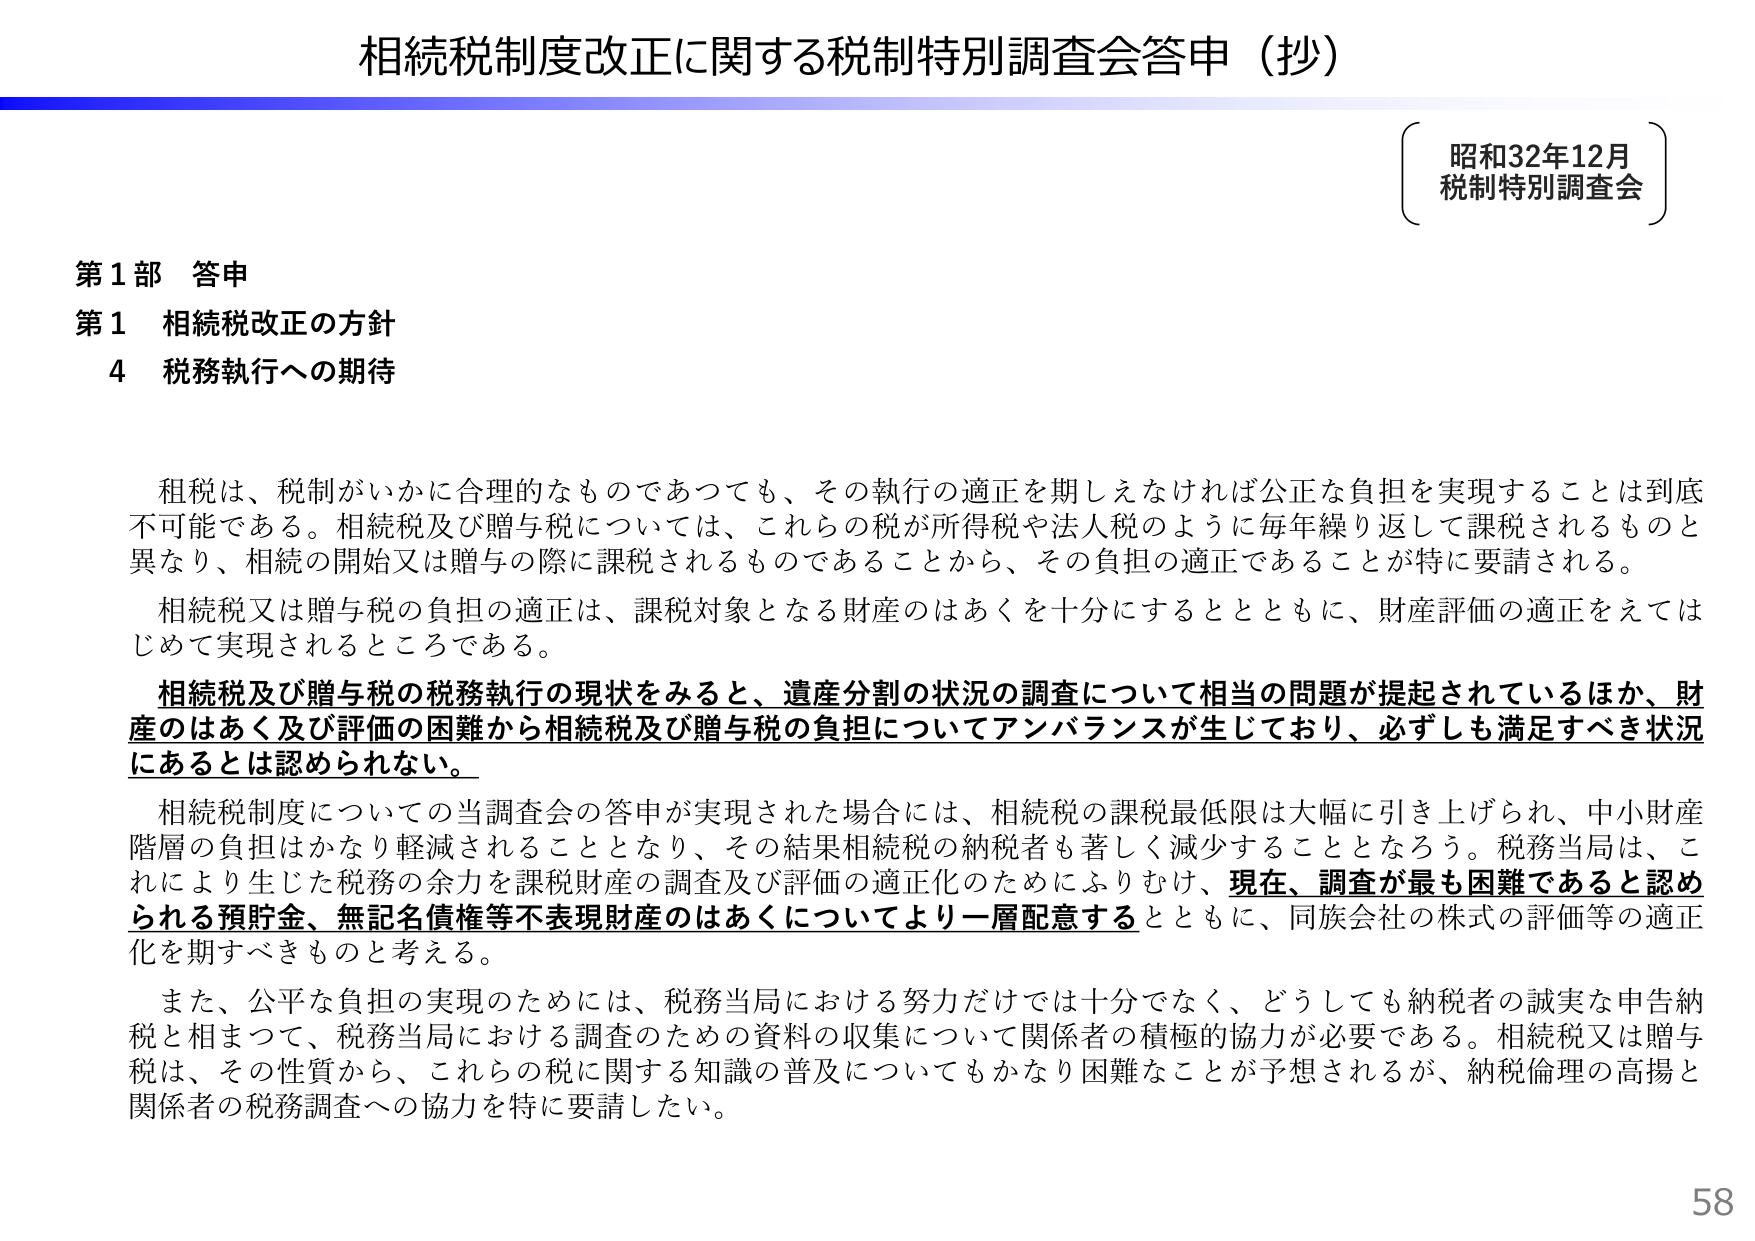
相続税制度改正に関する税制特別調査会答申（抄）

昭和32年12月
税制特別調査会

第1部 答申
第1 相続税改正の方針
4 税務執行への期待

租税は、税制がいかに合理的なものであっても、その執行の適正を期しえなければ公正な負担を実現することは到底不可能である。相続税及び贈与税については、これらの税が所得税や法人税のように毎年繰り返して課税されるものと異なり、相続の開始又は贈与の際に課税されるものであることから、その負担の適正であることが特に要請される。

相続税又は贈与税の負担の適正は、課税対象となる財産のはあくを十分にするとともに、財産評価の適正をえてはじめて実現されるところである。

相続税及び贈与税の税務執行の現状をみると、遺産分割の状況の調査について相当の問題が提起されているほか、財産のはあく及び評価の困難から相続税及び贈与税の負担についてアンバランスが生じており、必ずしも満足すべき状況にあるとは認められない。

相続税制度についての当調査会の答申が実現された場合には、相続税の課税最低限は大幅に引き上げられ、中小財産階層の負担はかなり軽減されることとなり、その結果相続税の納税者も著しく減少することとなろう。税務当局は、これにより生じた税務の余力を課税財産の調査及び評価の適正化のためにふりむけ、現在、調査が最も困難であると認められる預貯金、無記名債権等不表現財産のはあくについてより一層配意するとともに、同族会社の株式の評価等の適正化を期すべきものと考える。

また、公平な負担の実現のためには、税務当局における努力だけでは十分でなく、どうしても納税者の誠実な申告納税と相まって、税務当局における調査のための資料の収集について関係者の積極的協力が必要である。相続税又は贈与税は、その性質から、これらの税に関する知識の普及についてもかなり困難なことが予想されるが、納税倫理の高揚と関係者の税務調査への協力を特に要請したい。

58